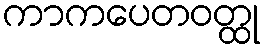
ကာကပေတဝတ္ထု